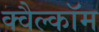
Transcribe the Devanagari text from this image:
क्वैल्कॉम